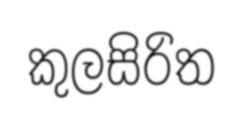
කුලසිරිත